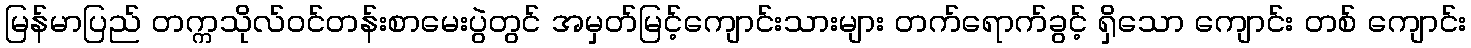
မြန်မာပြည် တက္ကသိုလ်ဝင်တန်းစာမေးပွဲတွင် အမှတ်မြင့်ကျောင်းသားများ တက်ရောက်ခွင့် ရှိသော ကျောင်း တစ် ကျောင်း